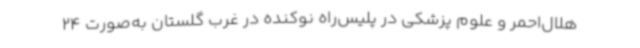
هلال‌احمر و علوم پزشکی در پلیس‌راه نوکنده در غرب گلستان به‌صورت 24